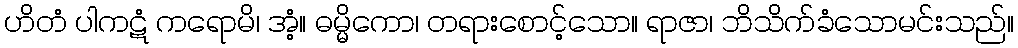
ဟိတံ ပါကဋံ ကရောမိ၊ အံ့။ ဓမ္မိကော၊ တရားစောင့်သော။ ရာဇာ၊ ဘိသိက်ခံသောမင်းသည်။